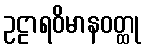
ဥဠာရဝိမာနဝတ္ထု